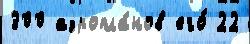
300 аэропла́нов его́ 22